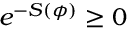
e ^ { - S ( \phi ) } \geq 0